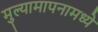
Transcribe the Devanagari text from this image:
मुल्यामापनामध्ये